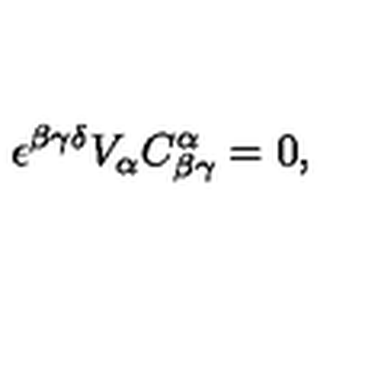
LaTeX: \epsilon ^ { \beta \gamma \delta } V _ { \alpha } C _ { \beta \gamma } ^ { \alpha } = 0 ,